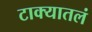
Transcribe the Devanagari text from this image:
टाक्यातलं